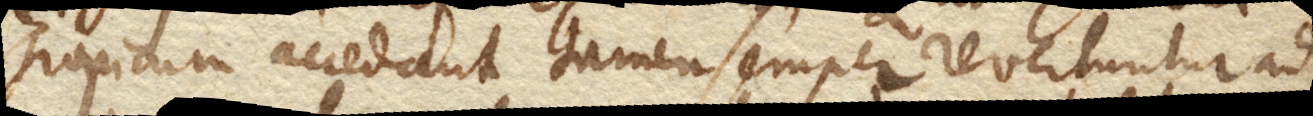
Tropicum accedant tamen semper revertuntur ad